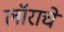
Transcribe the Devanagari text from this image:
लॉराचे